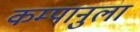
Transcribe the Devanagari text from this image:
कम्पानुला